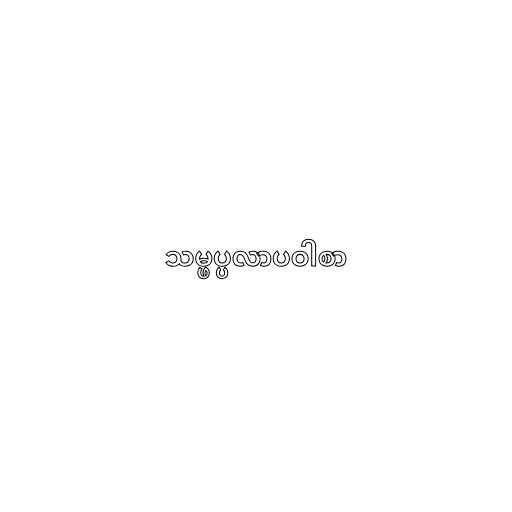
သမ္ဖပ္ပလာပဝါစာ